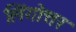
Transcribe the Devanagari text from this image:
लिंगोत्तर